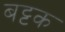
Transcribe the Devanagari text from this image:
बट्टक